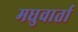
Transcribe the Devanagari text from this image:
मधुवार्ता